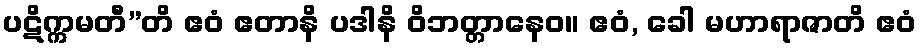
ပဋိက္ကမတီ”တိ ဧဝံ ဧတာနိ ပဒါနိ ဝိဘတ္တာနေဝ။ ဧဝံ, ခေါ မဟာရာဇာတိ ဧဝံ